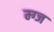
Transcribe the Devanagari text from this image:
म्ग्ज